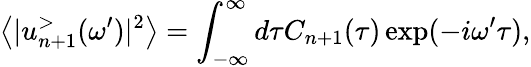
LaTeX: \left\langle|u_{n+1}^{>}(\omega^{\prime})|^{2}\right\rangle=\int_{-\infty}^{\infty}d\tau C_{n+1}(\tau)\exp(-i\omega^{\prime}\tau),